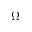
\Omega